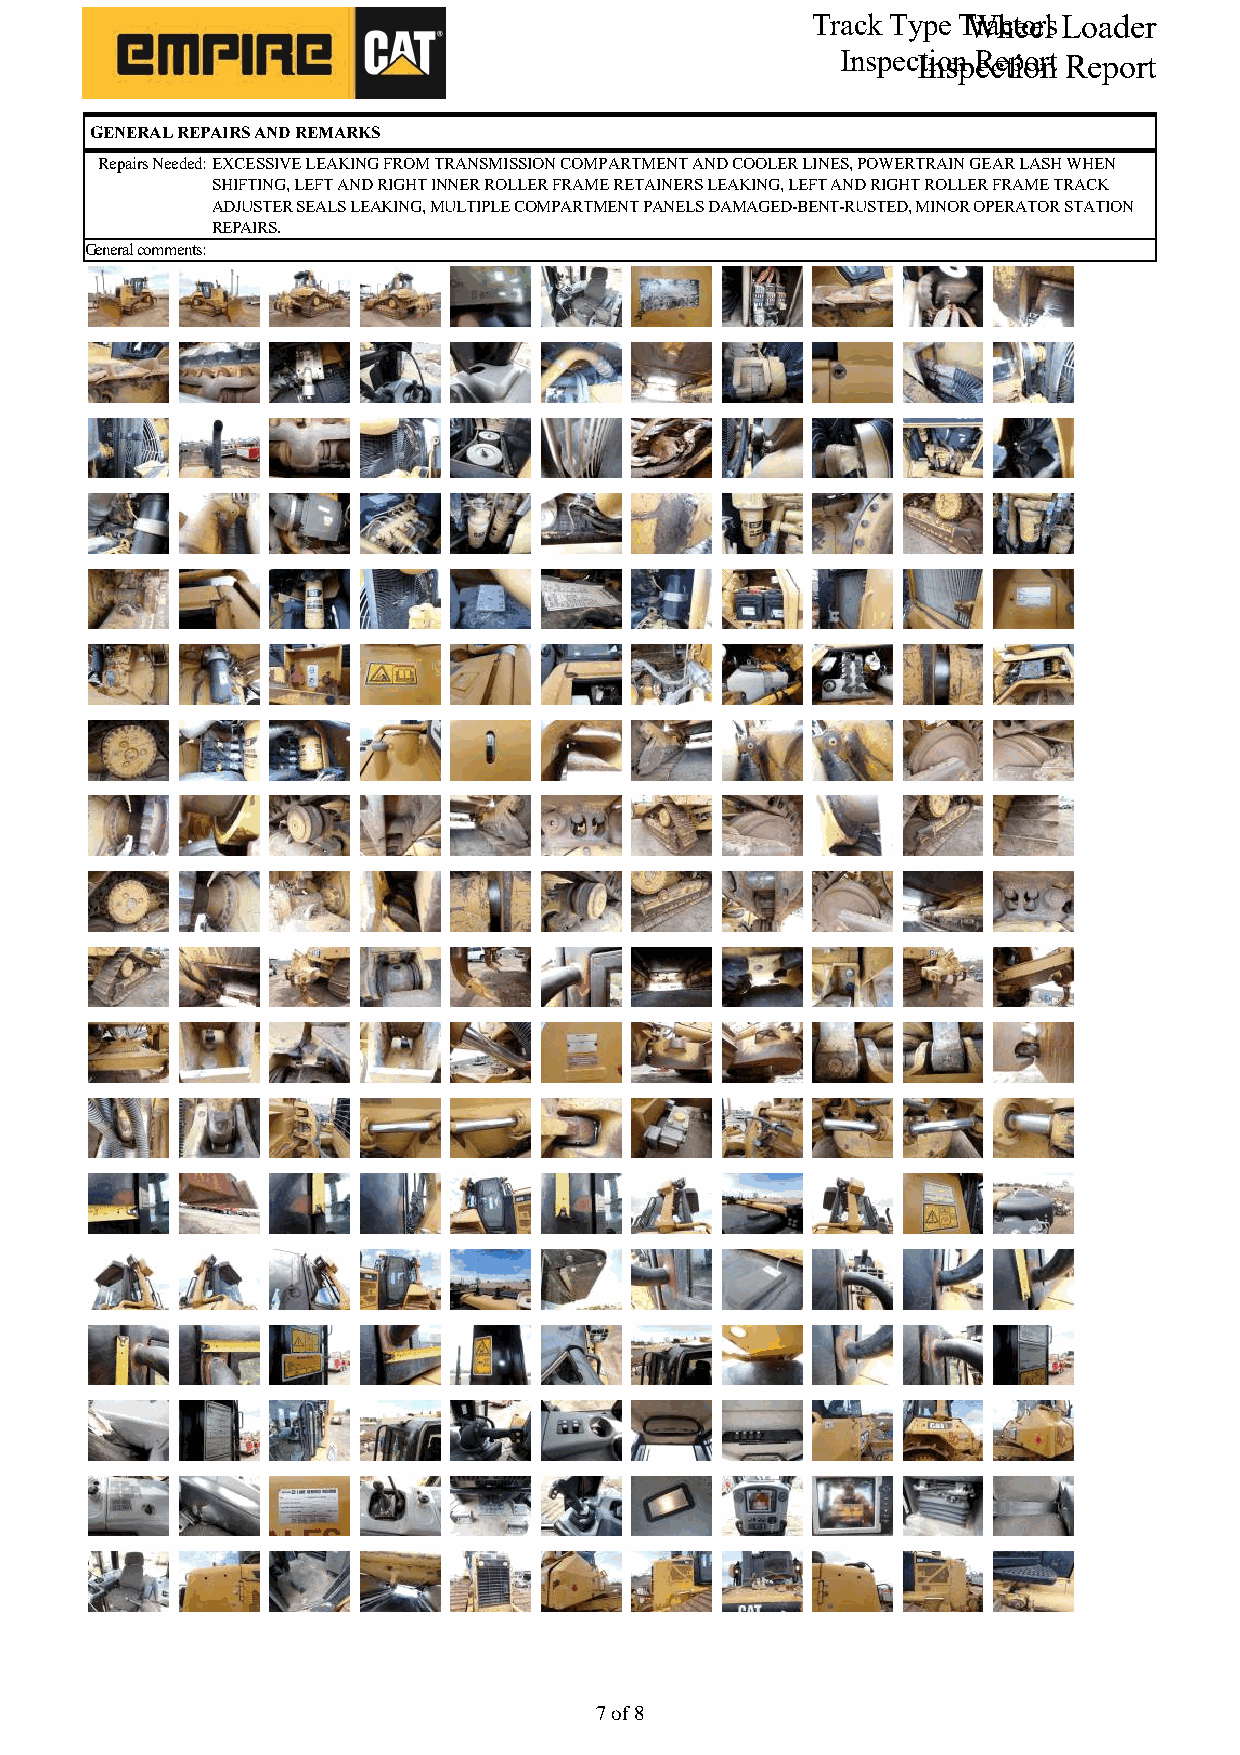
Track Type TWrahcteoerls Loader
 InspecItniosnp Recetpioornt Report
 GENERAL REPAIRS AND REMARKS
 Repairs Needed:EXCESSIVE LEAKING FROM TRANSMISSION COMPARTMENT AND COOLER LINES, POWERTRAIN GEAR LASH WHEN
 SHIFTING, LEFT AND RIGHT INNER ROLLER FRAME RETAINERS LEAKING, LEFT AND RIGHT ROLLER FRAME TRACK
 ADJUSTER SEALS LEAKING, MULTIPLE COMPARTMENT PANELS DAMAGED-BENT-RUSTED, MINOR OPERATOR STATION
 REPAIRS.
 General comments:
 77 ooff 88